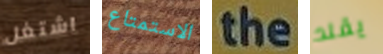
اشتغل الاستمتاع the يقلد